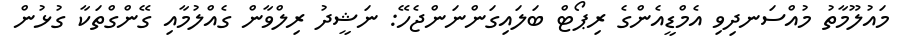
މައުލޫމާތު މުއްސަނދިވި އެމްޑީއެންގެ ރިޕޯޓް ބަލައިގަންނަންޖެހޭ: ނަޝީދު ރިލްވާން ގެއްލުމާއި ގޭންގްތަކާ ގުޅުން